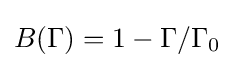
B(\Gamma )=1-\Gamma /\Gamma _{0}